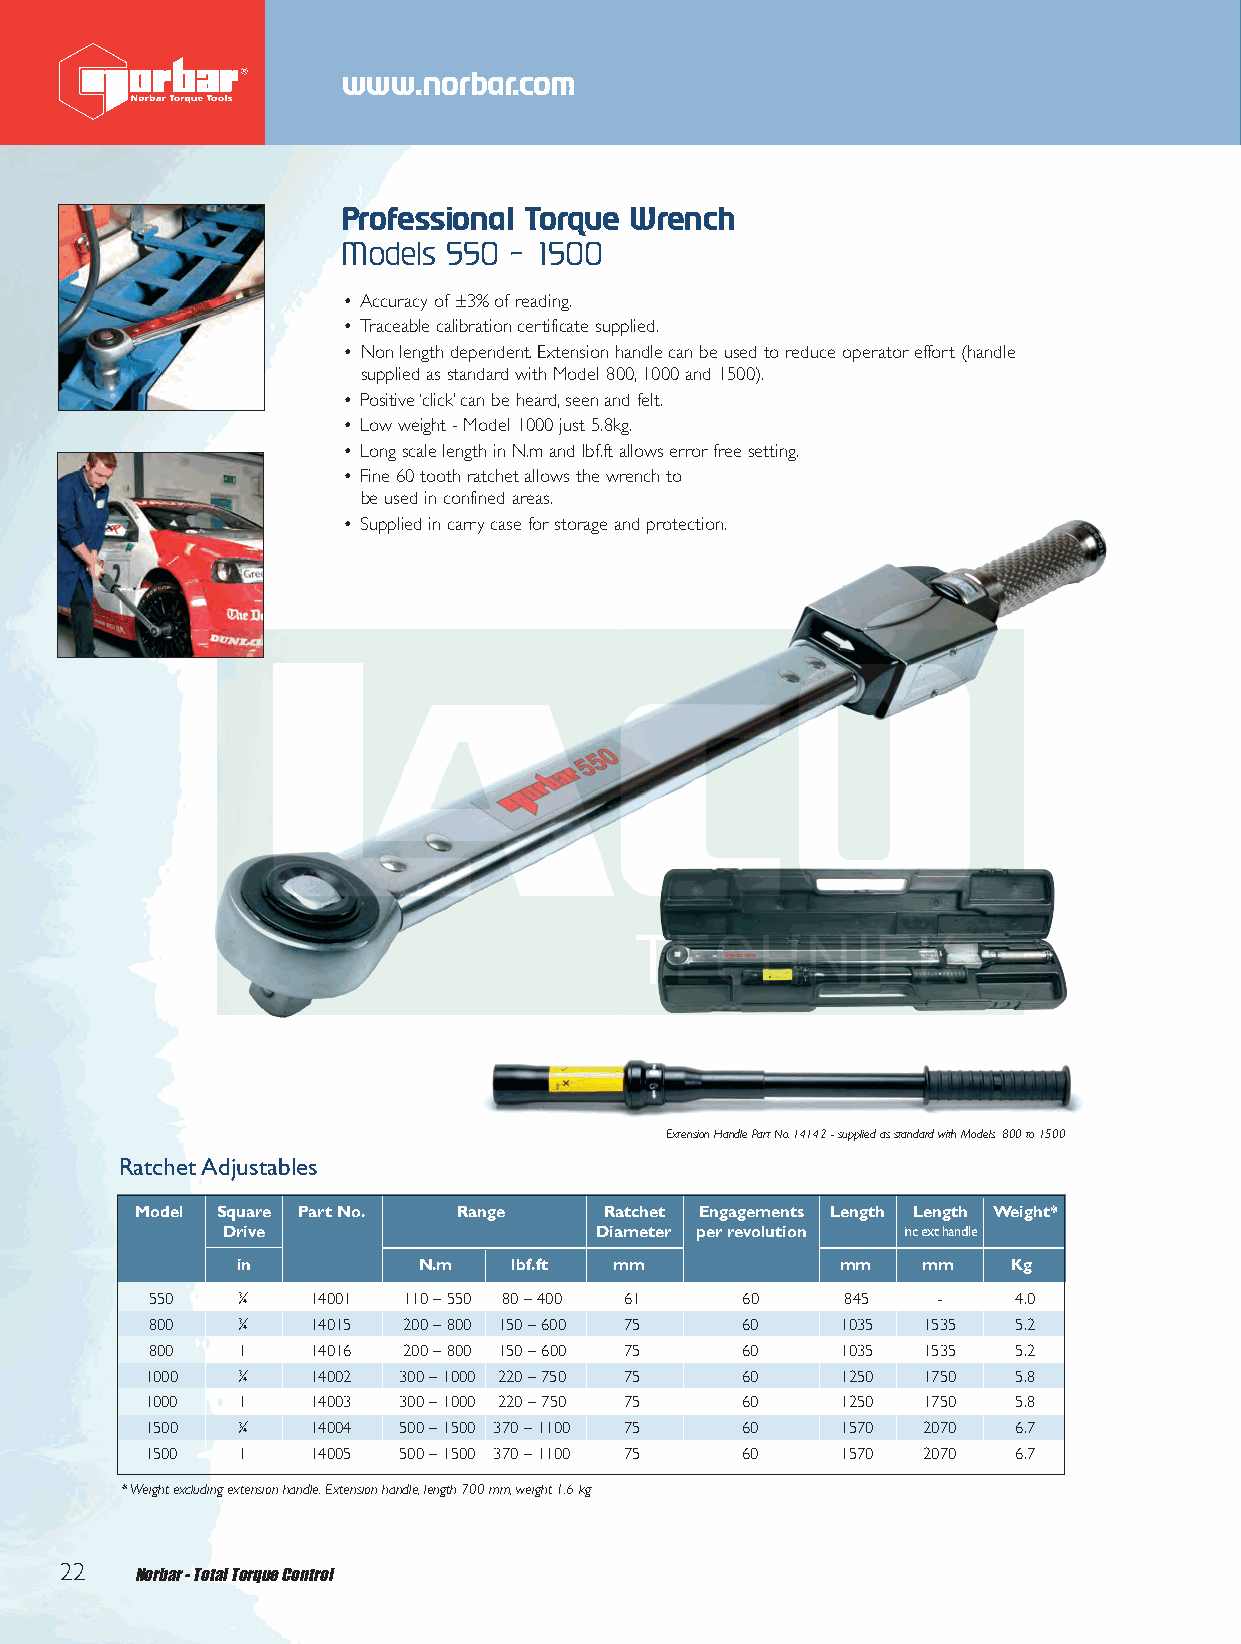
Front 2012 Q6.qxd 26/10/12 9:03 am Page 22
 www.norbar.com
 Professional Torque Wrench
 Models 550 - 1500
 • Accuracy of ±3% of reading.
 • Traceable calibration certificate supplied.
 • Non length dependent.Extension handle can be used to reduce operator effort (handle
 supplied as standard with Model 800,1000 and 1500).
 • Positive ‘click’can be heard,seen and felt.
 • Low weight - Model 1000 just 5.8kg.
 • Long scale length in N.m and lbf.ft allows error free setting.
 • Fine 60 tooth ratchet allows the wrench to
 be used in confined areas.
 • Supplied in carry case for storage and protection.
 Extension Handle Part No.14142 - supplied as standard with Models 800 to 1500
 Ratchet Adjustables
 Model Square Part No. Range    Ratchet Engagements Length Length Weight*
 Drive                   Diameter per revolution inc ext handle
 in          N.m   lbf.ft mm            mm    mm    Kg
 550   3⁄
 4
 14001  110 – 550 80 – 400 61 60     845   -    4.0
 800   3⁄
 4
 14015  200 – 800 150 – 600 75 60    1035 1535  5.2
 800   1   14016  200 – 800 150 – 600 75 60    1035 1535  5.2
 1000   3⁄
 4
 14002 300 – 1000 220 – 750 75 60    1250 1750  5.8
 1000   1   14003 300 – 1000 220 – 750 75 60    1250 1750  5.8
 1500   3⁄
 4
 14004 500 – 1500 370 – 1100 75 60   1570 2070  6.7
 1500   1   14005 500 – 1500 370 – 1100 75 60   1570 2070  6.7
 *Weight excluding extension handle.Extension handle,length 700 mm,weight 1.6 kg
 22   Norbar - Total Torque Control